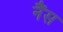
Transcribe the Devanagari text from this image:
नैंस